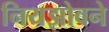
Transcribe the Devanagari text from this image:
नियझोवने